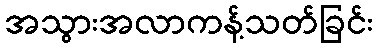
အသွားအလာကန့်သတ်ခြင်း